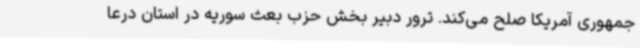
جمهوری آمریکا صلح می‌کند. ترور دبیر بخش حزب بعث سوریه در استان درعا